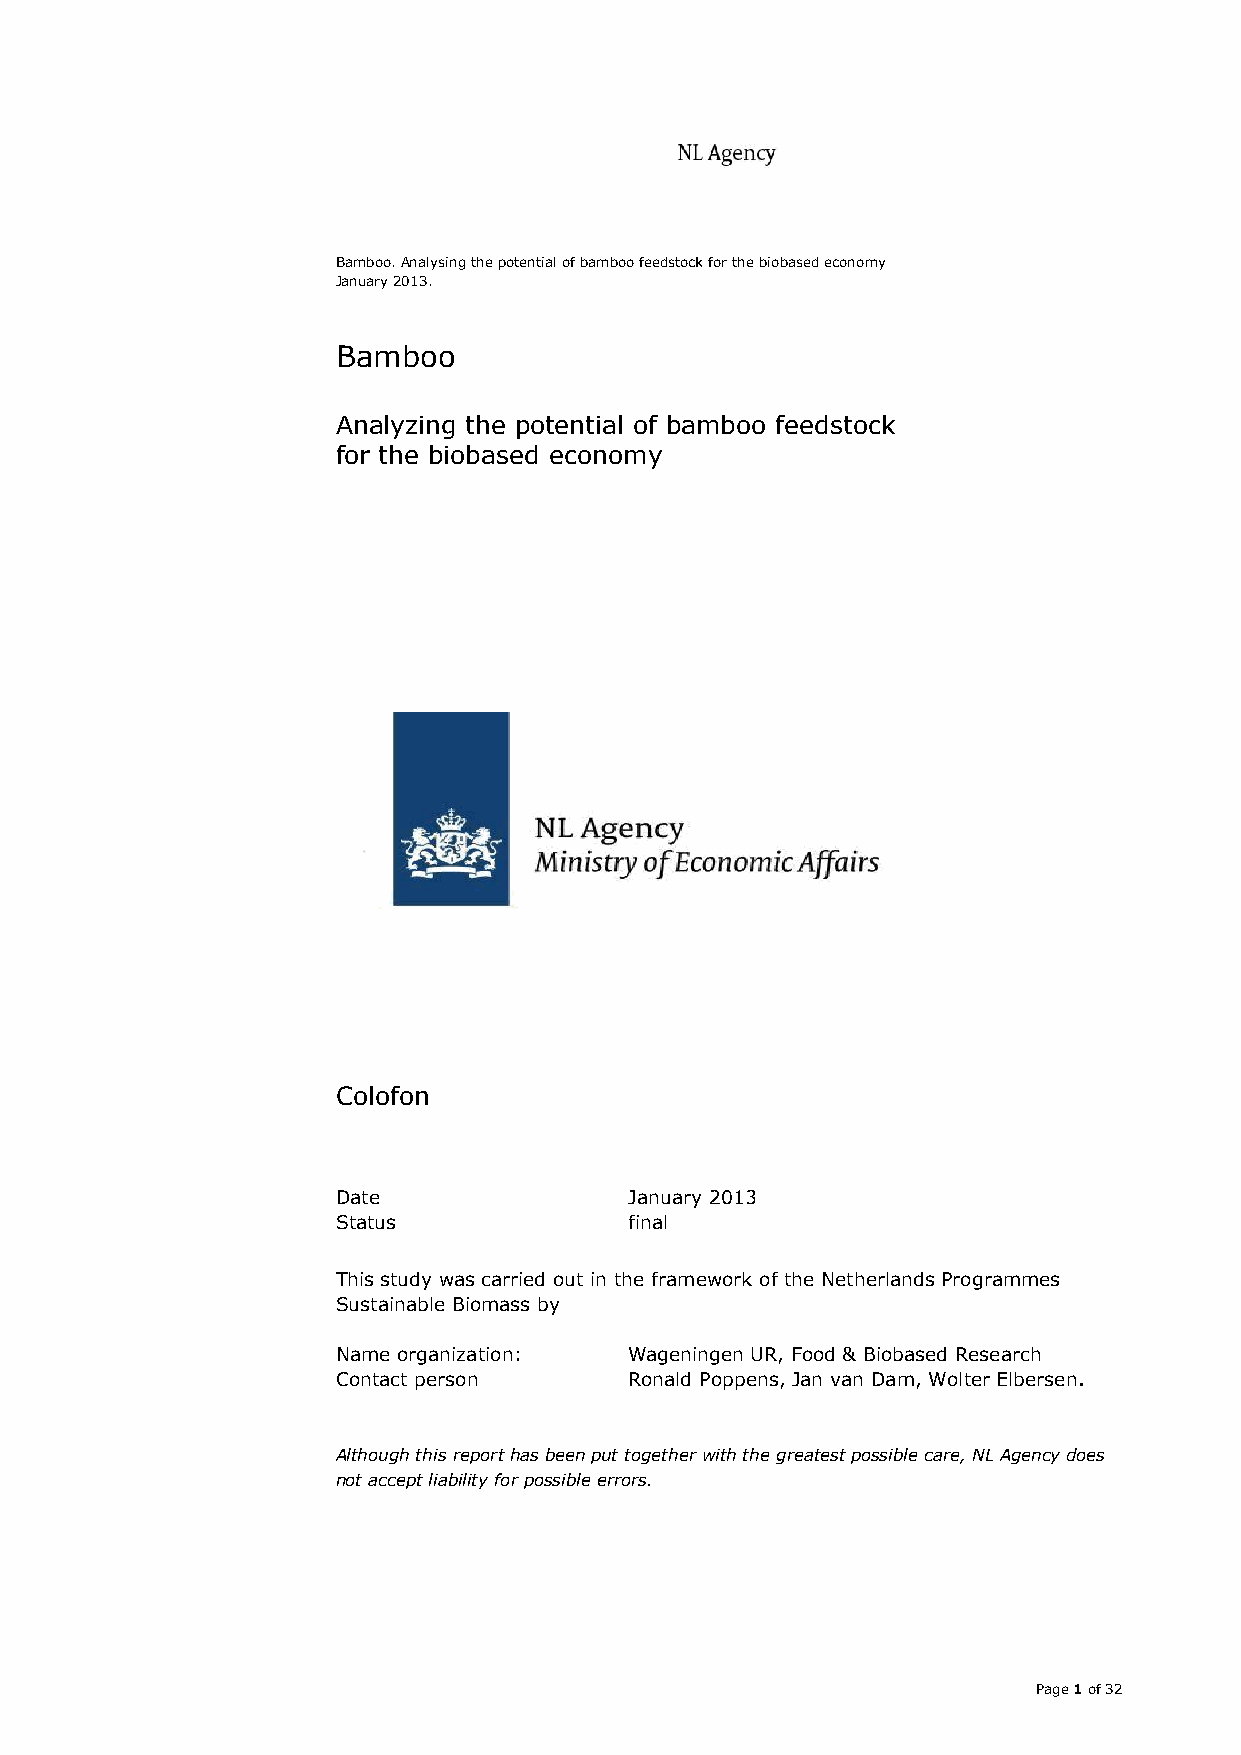
Bamboo. Analysing the potential of bamboo feedstock for the biobased economy
 January 2013.
 Bamboo
 Analyzing the potential of bamboo feedstock
 for the biobased economy
 Colofon
 Date                January 2013
 Status              final
 This study was carried out in the framework of the Netherlands Programmes
 Sustainable Biomass by
 Name organization:  Wageningen UR, Food & Biobased Research
 Contact person      Ronald Poppens, Jan van Dam, Wolter Elbersen.
 Although this report has been put together with the greatest possible care, NL Agency does
 not accept liability for possible errors.
 Page 1 of 32